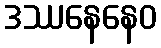
ဒဿနေနေဝ